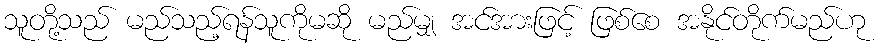
သူတို့သည် မည်သည့်ရန်သူကိုမဆို မည်မျှ အင်အားဖြင့် ဖြစ်စေ အနိုင်တိုက်မည်ဟု